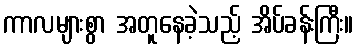
ကာလများစွာ အတူနေခဲ့သည့် အိပ်ခန်းကြီး။